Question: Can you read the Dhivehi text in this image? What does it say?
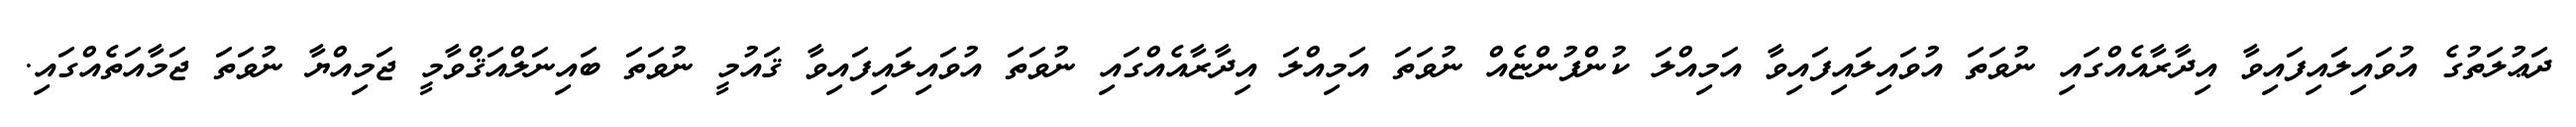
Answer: ދަޢުލަތުގެ އުވައިލައިފައިވާ އިދާރާއެއްގައި ނުވަތަ އުވައިލައިފައިވާ އަމިއްލަ ކުންފުންޏެއް ނުވަތަ އަމިއްލަ އިދާރާއެއްގައި ނުވަތަ އުވައިލައިފައިވާ ޤައުމީ ނުވަތަ ބައިނަލްއަޤްވާމީ ޖަމިއްޔާ ނުވަތަ ޖަމާއަތެއްގައި.